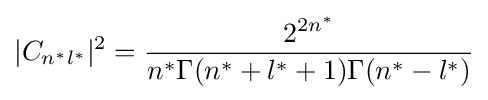
|C_{n^{*}l^{*}}|^{2}={\frac {2^{2n^{*}}}{n^{*}\Gamma (n^{*}+l^{*}+1)\Gamma (n^{*}-l^{*})}}